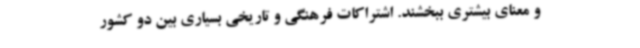
و معنای بیشتری ببخشند. اشتراکات فرهنگی و تاریخی بسیاری بین دو کشور